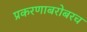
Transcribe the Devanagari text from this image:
प्रकरणाबरोबरच